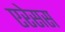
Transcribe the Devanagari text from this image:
एरेसस